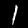
Digit: 1